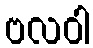
ဗလဝါ